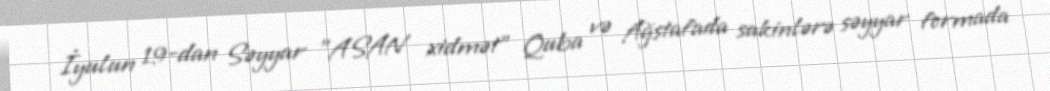
İyulun 19-dan Səyyar "ASAN xidmət" Quba və Ağstafada sakinlərə səyyar formada